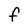
Character: f